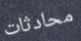
محادثات